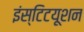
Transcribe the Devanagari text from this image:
इंस्टिटयूशन